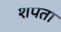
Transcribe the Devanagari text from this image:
शपता